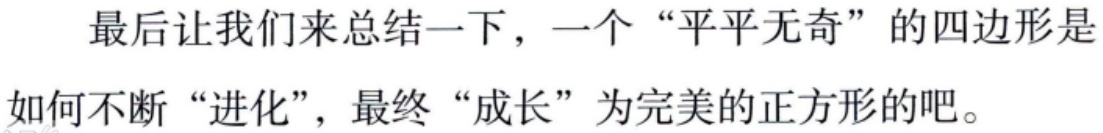
最后让我们来总结一下，一个“平平无奇”的四边形是如何不断“进化”，最终“成长”为完美的正方形的吧。